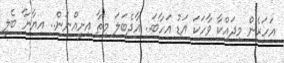
އަހަރެން މިދައްކާ ވާހަކަ އަޑު އަހާބަ.. އާދެބަލަ މިތާ އިށީއްނަން.. އިޔާނާ ބެލީ